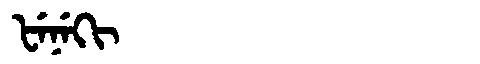
Manchu: ᡶᡝᠨᡝᡴᡳ
Romanization: FENEKI